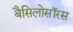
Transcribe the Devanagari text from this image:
बैसिलोसॉरस